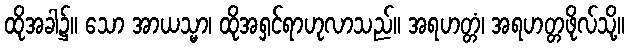
ထိုအခါ၌။ သော အာယသ္မာ၊ ထိုအရှင်ရာဟုလာသည်။ အရဟတ္တံ၊ အရဟတ္တဖိုလ်သို့။